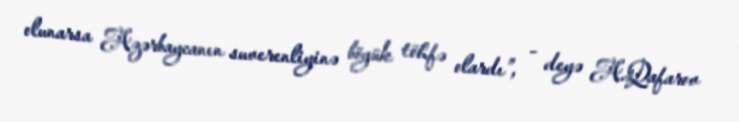
olunarsa Azərbaycanın suverenliyinə böyük töhfə olardı”, - deyə A.Qafarov